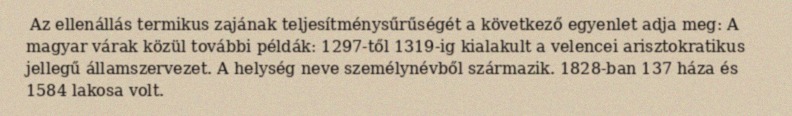
Az ellenállás termikus zajának teljesítménysűrűségét a következő egyenlet adja meg: A magyar várak közül további példák: 1297-től 1319-ig kialakult a velencei arisztokratikus jellegű államszervezet. A helység neve személynévből származik. 1828-ban 137 háza és 1584 lakosa volt.